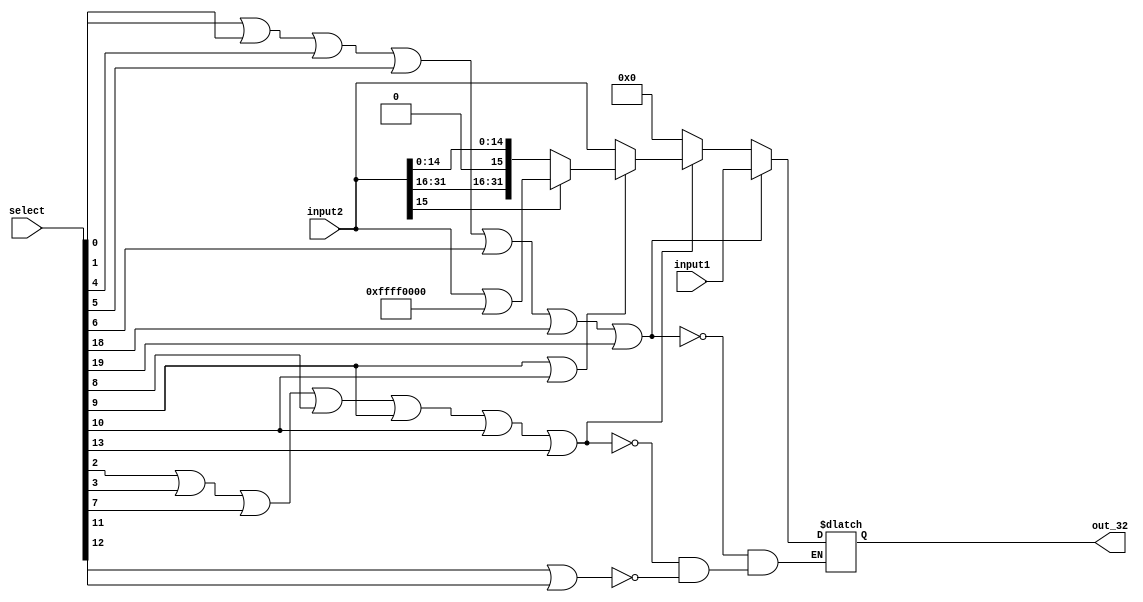
`timescale 1ns / 1ps
//////////////////////////////////////////////////////////////////////////////////
// Company: 
// Engineer: 
// 
// Design Name: 
// Module Name:    MUX_2by1_inout_32bit 
// Project Name: 
// Target Devices: 
// Tool versions: 
// Description: 
//
// Dependencies: 
//
// Revision: 
// Revision 0.01 - File Created
// Additional Comments: 
//
//////////////////////////////////////////////////////////////////////////////////
module MUX_2by1_inout_32bit(
    input [31:0] input1,
    input [31:0] input2,
    input [19:0] select,
    output reg [31:0] out_32
    );

always@(*)
begin

	if(select[0] || select[1] || select[4] || select[5] || select[6] || select[18] || select[19])
	begin
		out_32 <= input1;		// ADD ,SUB,SGE,SLE,SEQ,ADDF,MULF - RF[RS2]
 	end
	else if(select[2] || select[3] || select[7] || select[8] || select[9] || select[10]  || select[13])
	begin
		if(select[9] || select[10])
		begin
			if(input2[15] == 0)
			begin
				out_32 <= input2;
			end
			else
			begin
				out_32 <= (input2 | 32'hffff0000);
			end
		end
		else
		begin
			out_32 <= input2;		// // LOAD,STORE,SLI,SRI,ADDI,SUBI, MOVEI - Immediate Value
		end
	end
	else if(select[11]  || select[12]) // NOP or MOVE - select 0
	begin 
	 out_32 <= 32'b0;
	end
end
endmodule